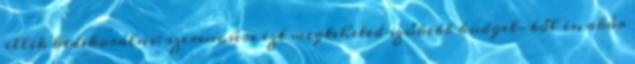
illik kidekorálni: szerencsére ezt megteheted szűkebb budget-ből is, akár